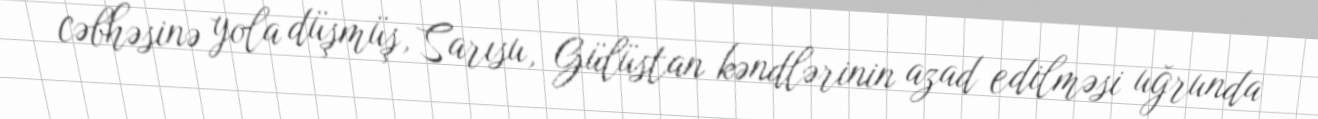
cəbhəsinə yola düşmüş, Sarısu, Gülüstan kəndlərinin azad edilməsi uğrunda